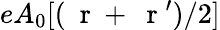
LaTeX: eA_{0}[(\mathrm{~\mathbf~r~}+\mathrm{~\mathbf~r~}^{\prime})/2]